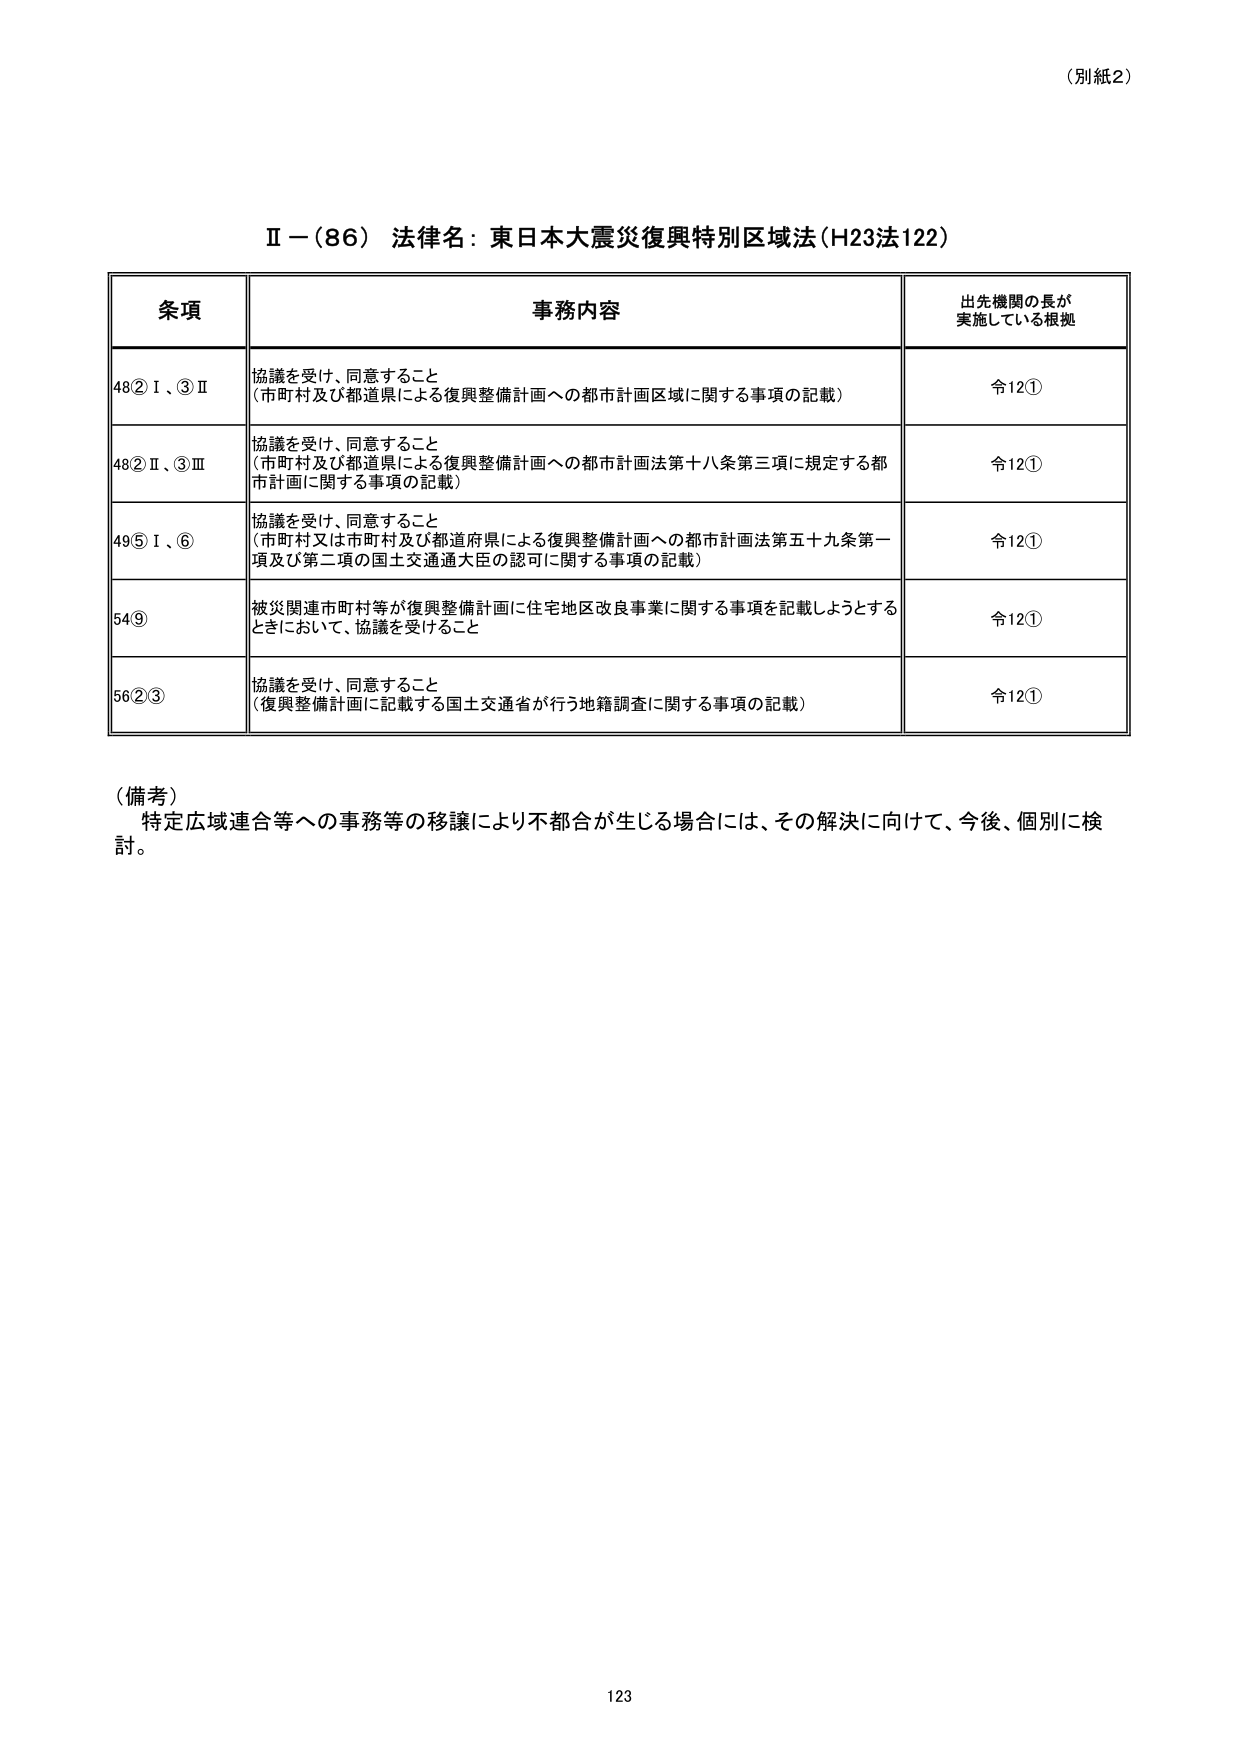
（別紙2）

Ⅱ－（86） 法律名：東日本大震災復興特別区域法（H23法122）

条項 事務内容 出先機関の長が 実施している根拠
48②Ⅰ、③Ⅱ 協議を受け、同意すること （市町村及び都道県による復興整備計画への都市計画区域に関する事項の記載） 令12①
48②Ⅱ、③Ⅲ 協議を受け、同意すること （市町村及び都道県による復興整備計画への都市計画法第十八条第三項に規定する都市計画に関する事項の記載） 令12①
49⑤Ⅰ、⑥ 協議を受け、同意すること （市町村又は市町村及び都道府県による復興整備計画への都市計画法第五十九条第一項及び第二項の国土交通大臣の認可に関する事項の記載） 令12①
54⑨ 被災関連市町村等が復興整備計画に住宅地区改良事業に関する事項を記載しようとするときにおいて、協議を受けること 令12①
56②③ 協議を受け、同意すること （復興整備計画に記載する国土交通省が行う地籍調査に関する事項の記載） 令12①

（備考） 特定広域連合等への事務等の移譲により不都合が生じる場合には、その解決に向けて、今後、個別に検討。

123